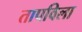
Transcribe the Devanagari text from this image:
तापविला